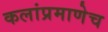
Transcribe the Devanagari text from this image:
कलांप्रमाणेच